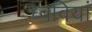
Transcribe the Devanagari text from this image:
ध्ववियां